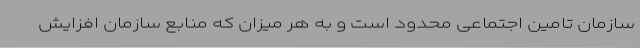
سازمان تامین اجتماعی محدود است و به هر میزان که منابع سازمان افزایش